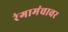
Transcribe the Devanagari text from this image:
रंगामंचावर